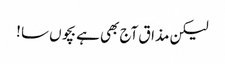
لیکن مذاق آج بھی ہے بچوں سا !